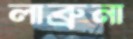
লাব্রুনা